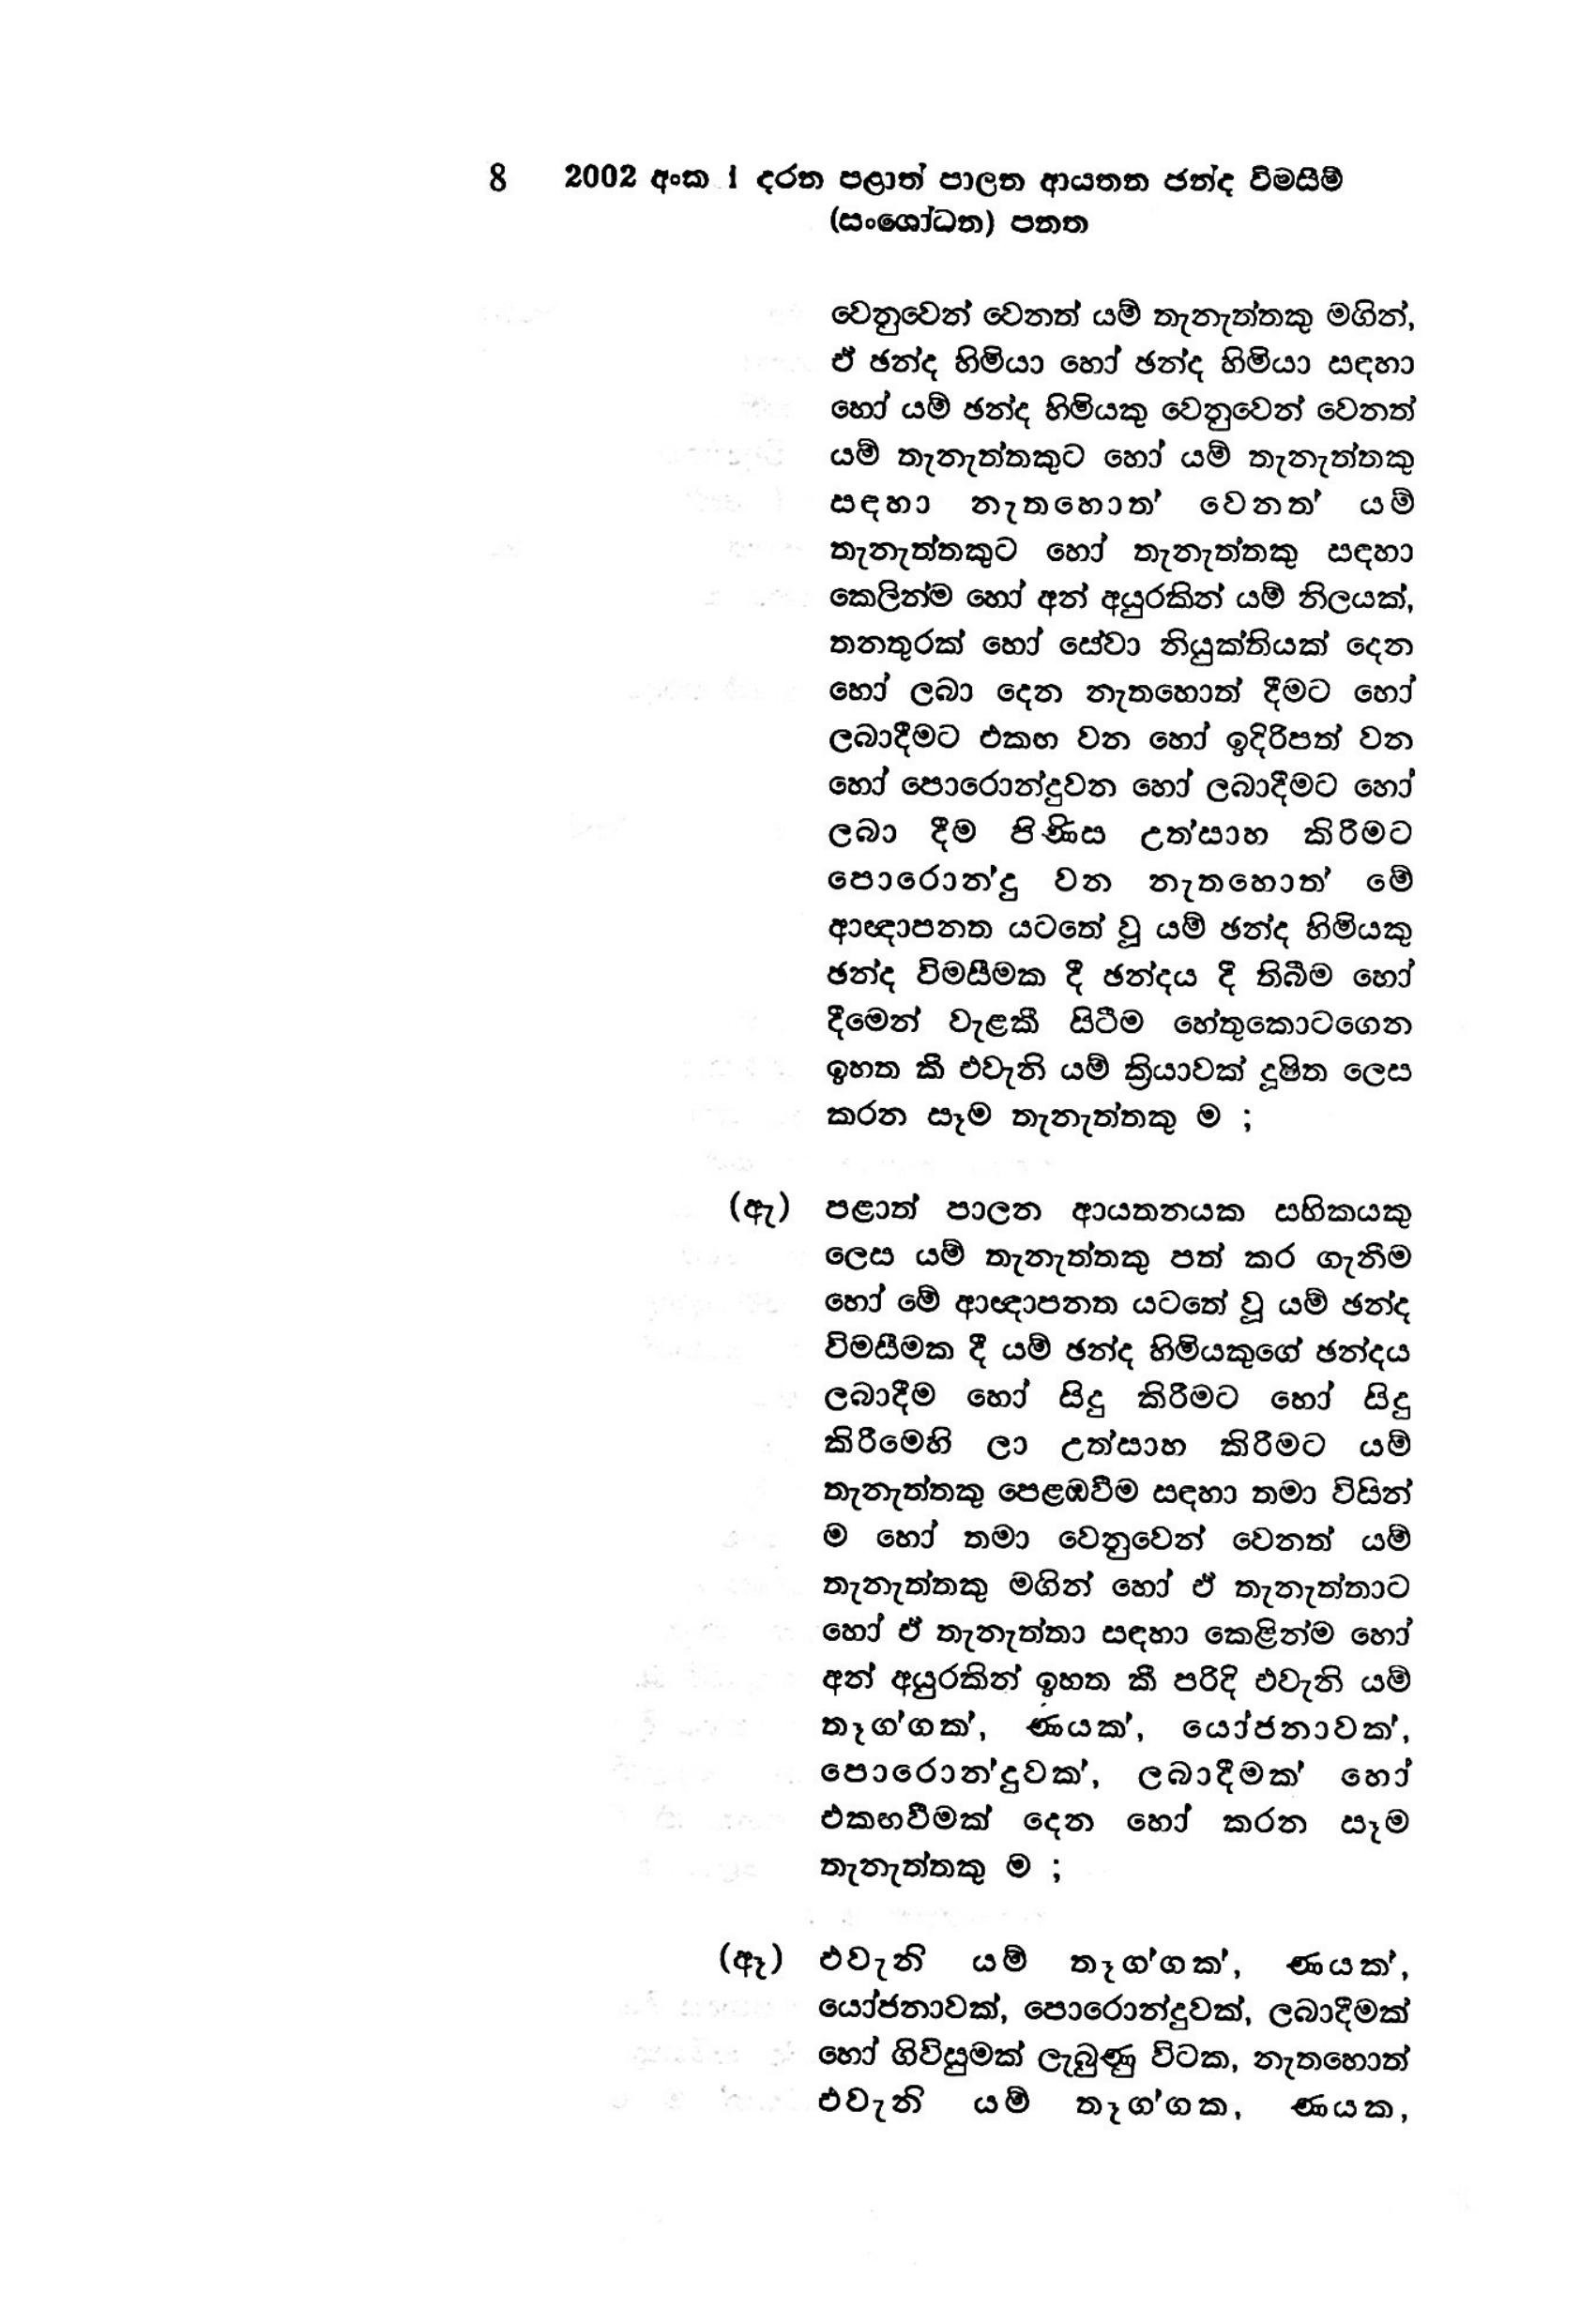
8 2002 අංක 1 දරන පළාත් පාලන ආයතන ඡන්ද විමසීම්
(සංශෝධන) පනත

වෙනුවෙන් වෙනත් යම් තැනැත්තකු මගින්,
ඒ ඡන්ද හිමියා හෝ ඡන්ද හිමියා සඳහා
හෝ යම් ඡන්ද හිමියකු වෙනුවෙන් වෙනත්
යම් තැනැත්තකුට හෝ යම් තැනැත්තකු
සඳහා නැතහොත‍් වෙනත‍් යම්
තැනැත්තකුට හෝ තැනැත්තකු සඳහා
කෙලින්ම හෝ අන් අයුරකින් යම් නිලයක්,
තනතුරක් හෝ සේවා නියුක්තියක් දෙන
හෝ ලබා දෙන නැතහොත් දීමට හෝ
ලබාදීමට එකඟ වන හෝ ඉදිරිපත් වන
හෝ පොරොන්දුවන හෝ ලබාදීමට හෝ
ලබා දීම පිණිස උත්සාහ කිරීමට
පොරොන්දු වන නැතහොත් මේ
ආඥාපනත යටතේ වූ යම් ඡන්ද හිමියකු
ඡන්ද විමසීමක දී ඡන්දය දී තිබීම හෝ
දීමෙන් වැළකී සිටීම හේතුකොටගෙන
ඉහත කී එවැනි යම් ක්‍රියාවක් දූෂිත ලෙස
කරන සෑම තැනැත්තකු ම ;

(ඇ) පළාත් පාලන ආයතනයක සභිකයකු
ලෙස යම් තැනැත්තකු පත් කර ගැනීම
හෝ මේ ආඥාපනත යටතේ වූ යම් ඡන්ද
විමසීමක දී යම් ඡන්ද හිමියකුගේ ඡන්දය
ලබාදීම හෝ සිදු කිරීමට හෝ සිදු
කිරීමෙහි ලා උත්සාහ කිරීමට යම්
තැනැත්තකු පෙළඹවීම සඳහා තමා විසින්
ම හෝ තමා වෙනුවෙන් වෙනත් යම්
තැනැත්තකු මගින් හෝ ඒ තැනැත්තාට
හෝ ඒ තැනැත්තා සඳහා කෙළින්ම හෝ
අන් අයුරකින් ඉහත කී පරිදි එවැනි යම්
තෑග්ගක්, ණයක්, යෝජනාවක්,
පොරොන්දුවක්, ලබාදීමක් හෝ
එකඟවීමක් දෙන හෝ කරන සෑම
තැනැත්තකු ම ;

(ඈ) එවැනි යම් තෑග්ගක්, ණයක්,
යෝජනාවක්, පොරොන්දුවක්, ලබාදීමක්
හෝ ගිවිසුමක් ලැබුණු විටක, නැතහොත්
එවැනි යම් තෑග‍්ගක, ණයක,